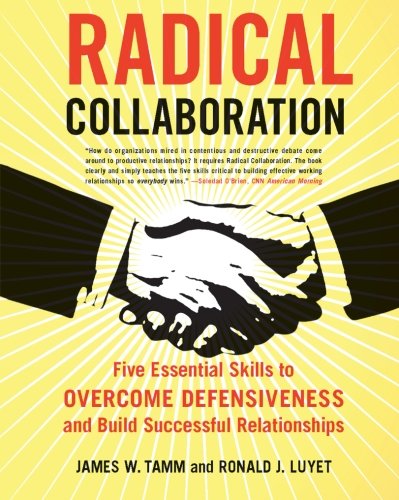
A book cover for Radical Collaboration: Five Essential Skills to Overcome Defensiveness and Build Successful Relationships; James W. Tamm; Health, Fitness & Dieting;